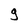
Character: 9